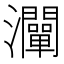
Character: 灛